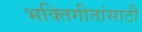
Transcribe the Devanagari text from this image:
भक्तिगीतांसाठी